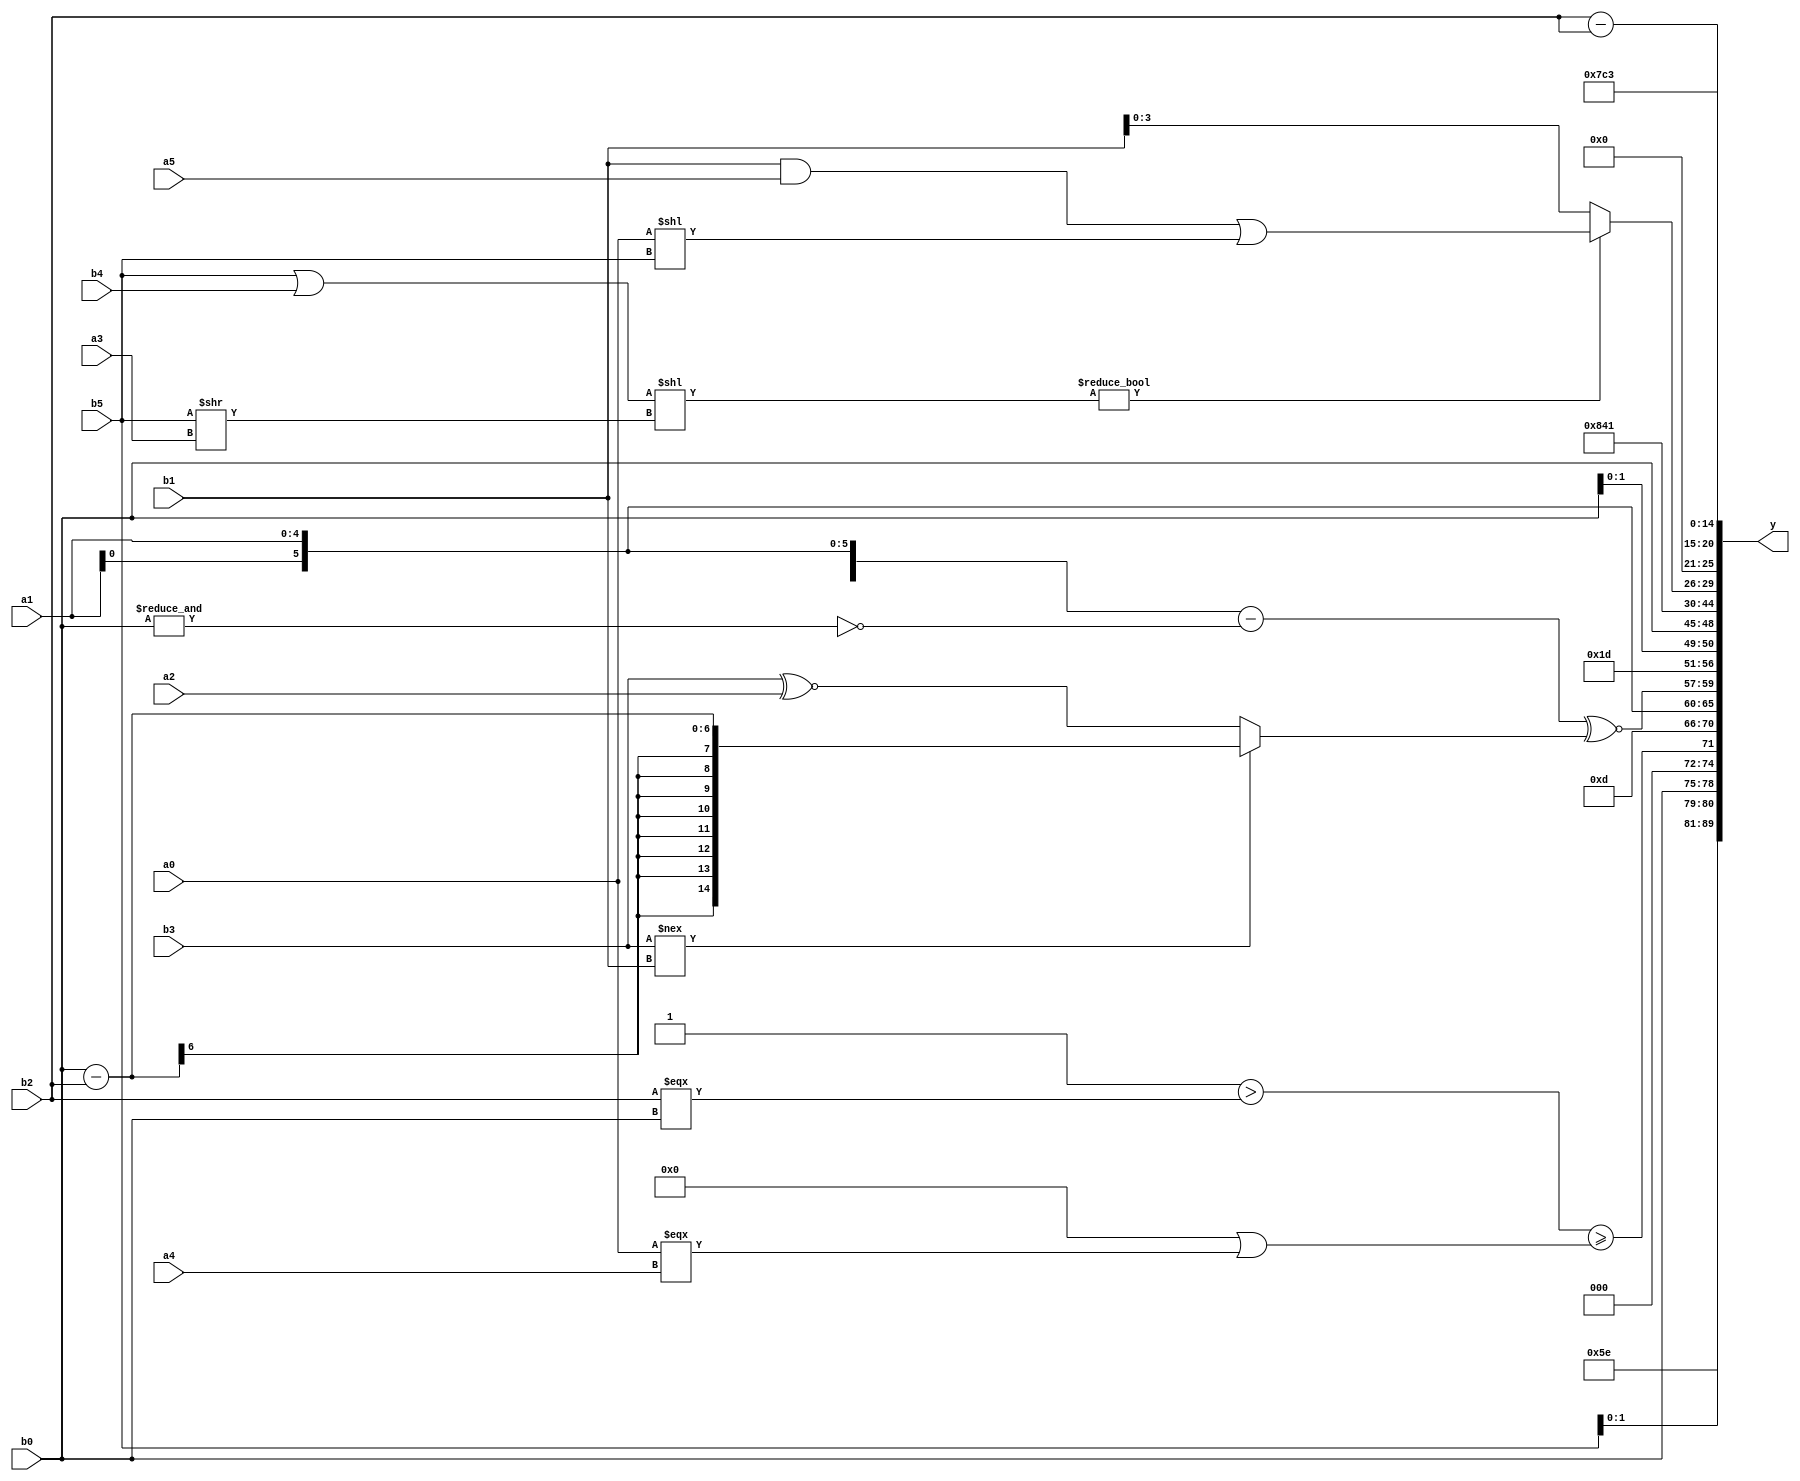
module expression_00962(a0, a1, a2, a3, a4, a5, b0, b1, b2, b3, b4, b5, y);
  input [3:0] a0;
  input [4:0] a1;
  input [5:0] a2;
  input signed [3:0] a3;
  input signed [4:0] a4;
  input signed [5:0] a5;

  input [3:0] b0;
  input [4:0] b1;
  input [5:0] b2;
  input signed [3:0] b3;
  input signed [4:0] b4;
  input signed [5:0] b5;

  wire [3:0] y0;
  wire [4:0] y1;
  wire [5:0] y2;
  wire signed [3:0] y3;
  wire signed [4:0] y4;
  wire signed [5:0] y5;
  wire [3:0] y6;
  wire [4:0] y7;
  wire [5:0] y8;
  wire signed [3:0] y9;
  wire signed [4:0] y10;
  wire signed [5:0] y11;
  wire [3:0] y12;
  wire [4:0] y13;
  wire [5:0] y14;
  wire signed [3:0] y15;
  wire signed [4:0] y16;
  wire signed [5:0] y17;

  output [89:0] y;
  assign y = {y0,y1,y2,y3,y4,y5,y6,y7,y8,y9,y10,y11,y12,y13,y14,y15,y16,y17};

  localparam [3:0] p0 = {2{{1{{1{(((2'sd1)<<(-3'sd0))&&{(3'sd3)})}}}}}};
  localparam [4:0] p1 = {2{{(-4'sd1),(5'd23),(3'd4)}}};
  localparam [5:0] p2 = ((3'd0)===(2'd1));
  localparam signed [3:0] p3 = {(-5'sd15),(5'd4),{(-4'sd0)}};
  localparam signed [4:0] p4 = {{(-2'sd1),(4'd15)},({2{(2'sd1)}}=={(2'd1),(-3'sd2),(4'sd1)})};
  localparam signed [5:0] p5 = ((-5'sd15)!=={(-3'sd2),(-5'sd0),(2'd3)});
  localparam [3:0] p6 = ((+(~((-2'sd1)?(-3'sd3):(-2'sd1))))?(!(!(!(-4'sd7)))):(((4'sd7)?(-2'sd1):(5'd25))==((4'd12)<<(3'd5))));
  localparam [4:0] p7 = {3{((5'd21)==(4'sd6))}};
  localparam [5:0] p8 = {1{{(-4'sd6)}}};
  localparam signed [3:0] p9 = (+(+{2{(&((4'd3)?(5'd15):(3'sd3)))}}));
  localparam signed [4:0] p10 = {({(-5'sd10),(-2'sd1)}>>>((-4'sd6)==(3'd1))),((3'd5)&&(4'd6)),(((2'd0)<<<(4'sd0))>=((2'sd1)<=(3'd5)))};
  localparam signed [5:0] p11 = (&(&{3{(2'sd1)}}));
  localparam [3:0] p12 = ((((4'd2)>>>(3'd0))<<<((2'sd1)^~(5'sd7)))>(4'sd4));
  localparam [4:0] p13 = (|{(~(-3'sd1)),{(-2'sd0),(2'd2),(5'sd4)},{2{(4'sd1)}}});
  localparam [5:0] p14 = ((4'sd4)<<{2{(-3'sd1)}});
  localparam signed [3:0] p15 = {((+(5'd22))?(~^(5'd12)):(|(5'd0)))};
  localparam signed [4:0] p16 = ((4'd5)|(3'sd2));
  localparam signed [5:0] p17 = {4{(&(3'd6))}};

  assign y0 = ((((-2'sd1)===(^b1))!==(4'd8))<<<(!{1{(&((p13|p0)==(p10>=p8)))}}));
  assign y1 = $signed($signed(p4));
  assign y2 = {3{$unsigned({{b1},{b0,a2,b5},$unsigned(b0)})}};
  assign y3 = $unsigned($signed(($unsigned(((p11||p5)>(b2===b0)))>=({4{p17}}||$unsigned((a0===a4))))));
  assign y4 = {((-3'sd3)),((-3'sd3))};
  assign y5 = {4{{4{a1}}}};
  assign y6 = ((({3{a1}}-(~&b0))^~((b3!==b1)?(b0-b2):(b3^~a2)))<<((3'd1)?(|(5'sd15)):(a2^~b4)));
  assign y7 = (-4'sd3);
  assign y8 = {4{b0}};
  assign y9 = (((~&(~|p15))|(p8^p14))||(5'd30));
  assign y10 = (!((+(&(((3'd2)&{p4})&&(~|(5'd29)))))));
  assign y11 = (~^{4{(p6>=p5)}});
  assign y12 = (((b5|b4)<<(b5>>a3))?((b1&&a5)|(a0<<b5)):(p12?a2:b1));
  assign y13 = $signed(({4{p11}}+({3{p13}}?{p8,p12}:(p4-b2))));
  assign y14 = $unsigned({(~a1),(b1),(b2-b2)});
  assign y15 = (-3'sd0);
  assign y16 = $signed((~^(-5'sd15)));
  assign y17 = (5'sd3);
endmodule